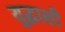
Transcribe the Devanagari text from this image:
युद्धाशी